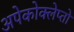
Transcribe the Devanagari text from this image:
अपेकोक्लेप्तो